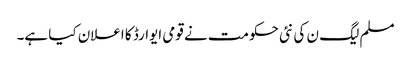
مسلم لیگ ن کی نئی حکومت نے قومی ایوارڈ کا اعلان کیا ہے۔